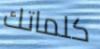
كلماتك